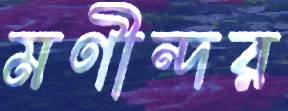
মণীন্দর